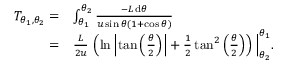
\begin{array} { r l } { T _ { \theta _ { 1 } , \theta _ { 2 } } = } & { \int _ { \theta _ { 1 } } ^ { \theta _ { 2 } } \frac { - L \, \mathrm { d } \theta } { u \sin \theta ( 1 + \cos \theta ) } } \\ { = } & { \frac { L } { 2 u } \, \left( \ln \left| \tan \left( \frac { \theta } { 2 } \right) \right| + \frac { 1 } { 2 } \tan ^ { 2 } \left( \frac { \theta } { 2 } \right) \right) \Big \vert _ { \theta _ { 2 } } ^ { \theta _ { 1 } } . } \end{array}